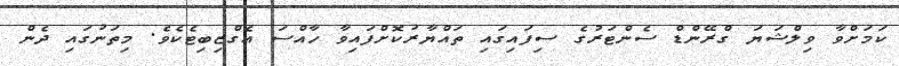
ކަމަށްވާ ވިލްޝަޔަ ގްރޭންޑް ސެންޓަރުގެ ސިފައިގައި ތައްޔާރުކޮށްފައިވާ ހާއްސަ އެގްޒިބިޓެކެވެ. މިތަނުގައި ދެން